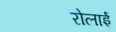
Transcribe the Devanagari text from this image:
रोलाई